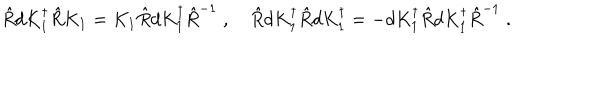
\hat { R } d K _ { 1 } ^ { \dagger } \hat { R } K _ { 1 } = K _ { 1 } \hat { R } d K _ { 1 } ^ { \dagger } \hat { R } ^ { - 1 } \; , \quad \hat { R } d K _ { 1 } ^ { \dagger } \hat { R } d K _ { 1 } ^ { \dagger } = - d K _ { 1 } ^ { \dagger } \hat { R } d K _ { 1 } ^ { \dagger } \hat { R } ^ { - 1 } \; .